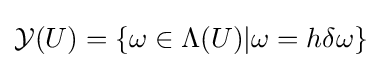
{\mathcal {Y}}(U)=\{\omega \in \Lambda (U)|\omega =h\delta \omega \}